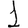
Digit: 1